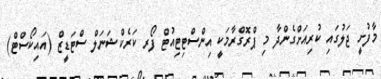
މާފުށީ ޖަލުގައި ކުރިއަށްގެންދާ މި ޕްރޮގްރާމަކީ އިންސްޓިޓިއުޓް ފޯރ ކަރެކްޝަނަލް ސްޓަޑީޒް (އައިކޯސްޓް)